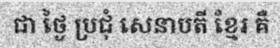
ជា ថ្ងៃ ប្រជុំ សេនាបតី ខ្មែរ គឺ